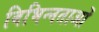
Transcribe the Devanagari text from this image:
विभिन्‍नताओं